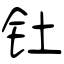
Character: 钍